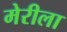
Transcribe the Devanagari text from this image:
मेरीला